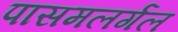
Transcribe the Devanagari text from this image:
पासमलर्गल